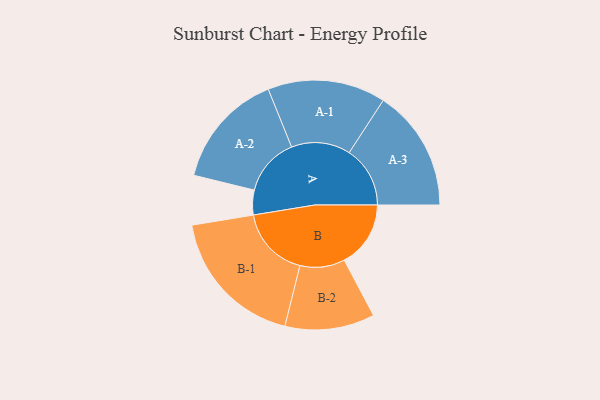
{"axis": {"x": "Segment", "y": "Value"}, "legend": ["", "A", "B"], "data": [{"x": "A", "y": 103, "type": ""}, {"x": "B", "y": 277, "type": ""}, {"x": "A-1", "y": 246, "type": "A"}, {"x": "A-2", "y": 242, "type": "A"}, {"x": "A-3", "y": 254, "type": "A"}, {"x": "B-1", "y": 298, "type": "B"}, {"x": "B-2", "y": 187, "type": "B"}]}